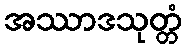
အဿာဒသုတ္တံ